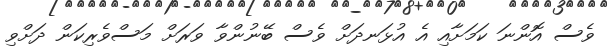
ވެސް އޮންނަ ކަމަށާއި އެ އުޅަނދަށް ވެސް ބޭނުންވާ ވަރަށް މަސްވެރިކަން ދަށްވި